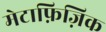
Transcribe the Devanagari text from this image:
मेटाफ़िज़िक